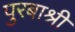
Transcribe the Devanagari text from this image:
पुरबाश्री